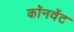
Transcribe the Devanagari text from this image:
कॉनवेंट